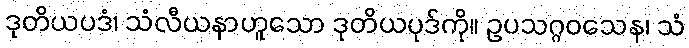
ဒုတိယပဒံ၊ သံလီယနာဟူသော ဒုတိယပုဒ်ကို။ ဥပသဂ္ဂဝသေန၊ သံ